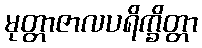
မုတ္တာဇာလပရိက္ခိတ္တာ